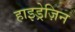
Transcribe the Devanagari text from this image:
हाइड्रेज़िन